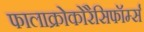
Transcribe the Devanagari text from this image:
फालाक्रोकोरैसिफॉर्म्स